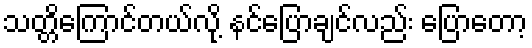
သတ္တိကြောင်တယ်လို့ နင်ပြောချင်လည်း ပြောတော့